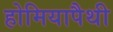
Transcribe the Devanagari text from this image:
होमियापैथी